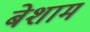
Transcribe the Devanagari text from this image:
बेशाम